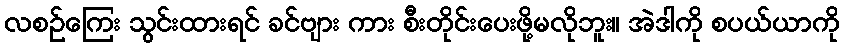
လစဉ်ကြေး သွင်းထားရင် ခင်ဗျား ကား စီးတိုင်းပေးဖို့မလိုဘူး။ အဲဒါကို စပယ်ယာကို